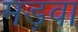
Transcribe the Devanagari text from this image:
मड़वा